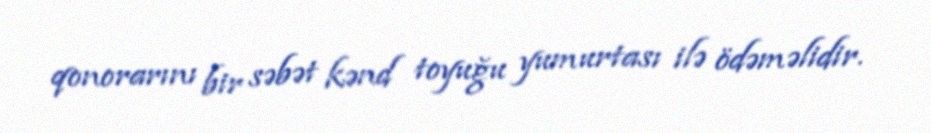
qonorarını bir səbət kənd toyuğu yumurtası ilə ödəməlidir.